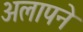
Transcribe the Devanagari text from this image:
अलापने